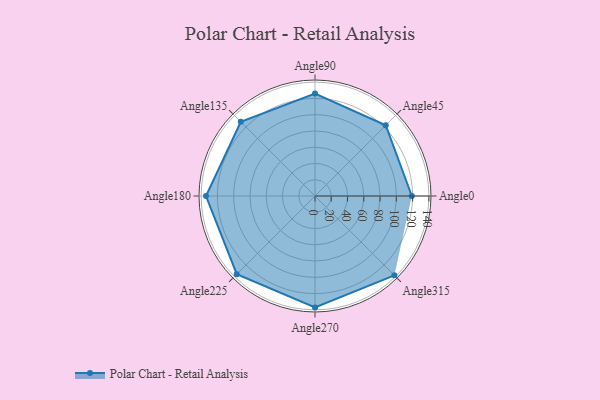
{"axis": {"x": "Angle", "y": "Radius"}, "legend": [""], "data": [{"x": "Angle0", "y": 119.0, "type": ""}, {"x": "Angle45", "y": 123.0, "type": ""}, {"x": "Angle90", "y": 126.0, "type": ""}, {"x": "Angle135", "y": 129.0, "type": ""}, {"x": "Angle180", "y": 134.0, "type": ""}, {"x": "Angle225", "y": 136.0, "type": ""}, {"x": "Angle270", "y": 137.0, "type": ""}, {"x": "Angle315", "y": 138.0, "type": ""}]}